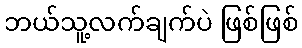
ဘယ်သူ့လက်ချက်ပဲ ဖြစ်ဖြစ်